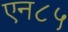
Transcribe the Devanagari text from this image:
एन८५